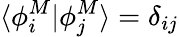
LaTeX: \langle\phi_{i}^{M}|\phi_{j}^{M}\rangle=\delta_{ij}